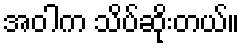
အဝါက သိပ်ဆိုးတယ်။